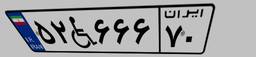
۹۷W۰۵۹۵۴